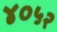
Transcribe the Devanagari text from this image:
४०५२